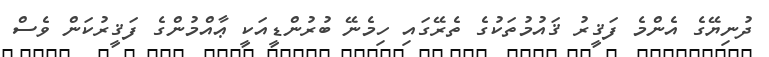
ދުނިޔޭގެ އެންމެ ފަޤީރު ޤައުމުތަކުގެ ތެރޭގައި ހިމެނޭ ބުރުންޑީއަކީ ޢާއްމުންގެ ފަޤީރުކަން ވެސް